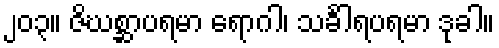
၂၀၃။ ဇိဃစ္ဆာပရမာ ရောဂါ၊ သင်္ခါရပရမာ ဒုခါ။